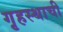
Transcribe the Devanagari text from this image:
गृहस्थाची